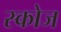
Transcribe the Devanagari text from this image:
स्कोज